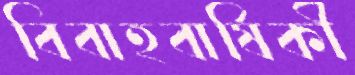
বিবাহবার্ষিকী